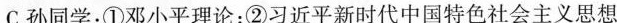
C.孙同学：①邓小平理论；②习近平新时代中国特色社会主义思想